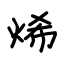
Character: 烯